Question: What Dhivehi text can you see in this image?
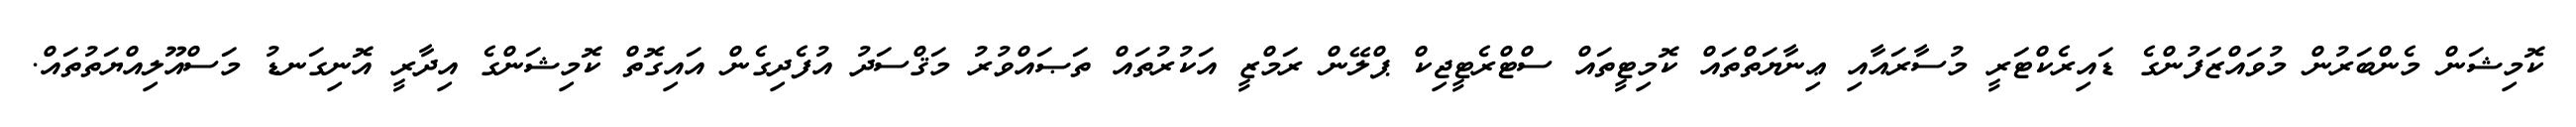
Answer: ކޮމިޝަން މެންބަރުން މުވައްޒަފުންގެ ޑައިރެކްޓަރީ މުސާރައާއި ޢިނާޔަތްތައް ކޮމިޓީތައް ސްޓްރެޓީޖިކް ޕްލޭން ރަމްޒީ އަކުރުތައް ތަޞައްވުރު މަޤްސަދު އުފެދިގެން އައިގޮތް ކޮމިޝަންގެ އިދާރީ އޮނިގަނޑު މަސްއޫލިއްޔަތުތައް.